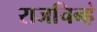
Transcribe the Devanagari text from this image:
राजचिन्हं